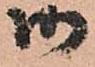
御